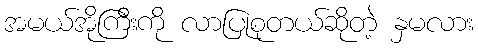
အမယ်အိုကြီးကို လာပြုစုတယ်ဆိုတဲ့ နှမလား